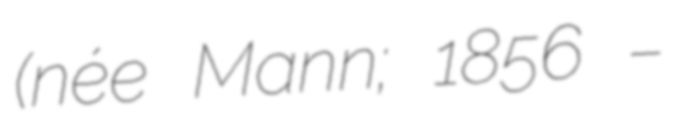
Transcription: (née Mann; 1856 –